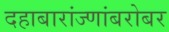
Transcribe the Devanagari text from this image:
दहाबारांज्णांबरोबर